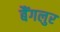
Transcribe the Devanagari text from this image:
बैंगलुर